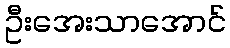
ဦးအေးသာအောင်